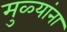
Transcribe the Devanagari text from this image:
मुळ्यांना